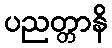
ပညတ္တာနိ